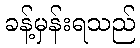
ခန့်မှန်းရသည်